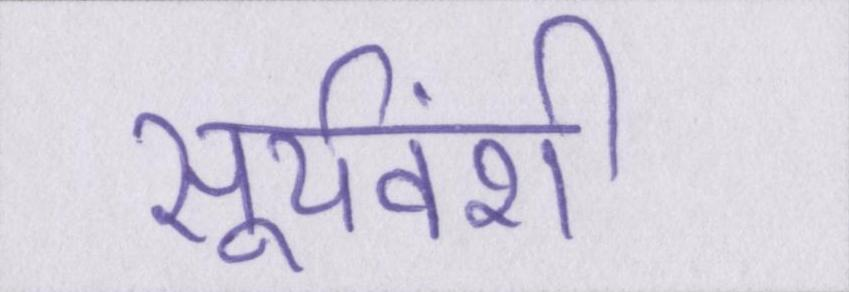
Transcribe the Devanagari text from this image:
सूर्यवंशी